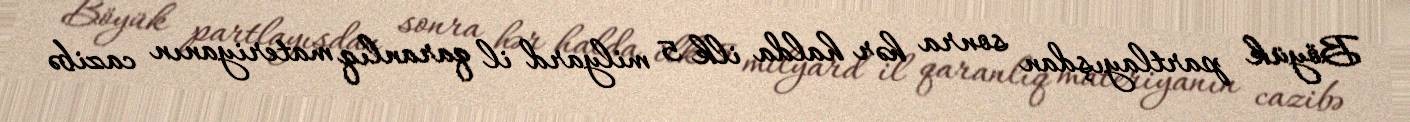
Böyük partlayışdan sonra hər halda ilk 5 milyard il qaranlıq materiyanın cazibə